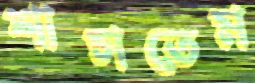
শাসতেম